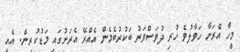
މީހާ އެރަށާ ހަވާލުވެ ހުރި ދުވަސްވަރު ބަކުރުބެމެން އެއްރޭ އެރަށުގައި މަޑުކުރިން. އެއީ